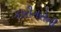
કારીગરોની